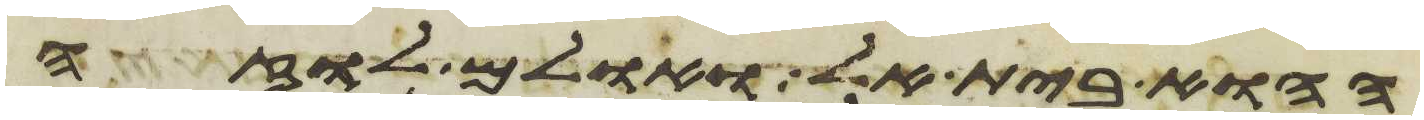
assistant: ההוא בית אל ואולם לוזה